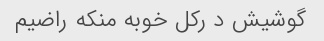
گوشیش د رکل خوبه منکه راضیم